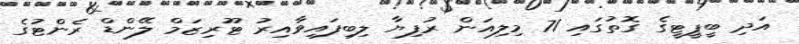
އަދި ބީޕީޓީގެ ގޮތުގައި 71 މިލިއަން ރުފިޔާ ލިބިފައިވާއިރު ޓޫރިޒަމް ލޭންޑް ރެންޓުގެ